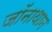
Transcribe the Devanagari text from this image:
जॉनाथान